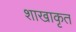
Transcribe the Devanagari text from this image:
शाखाकृत